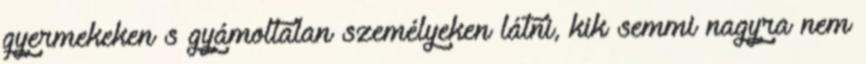
gyermekeken s gyámoltalan személyeken látni, kik semmi nagyra nem